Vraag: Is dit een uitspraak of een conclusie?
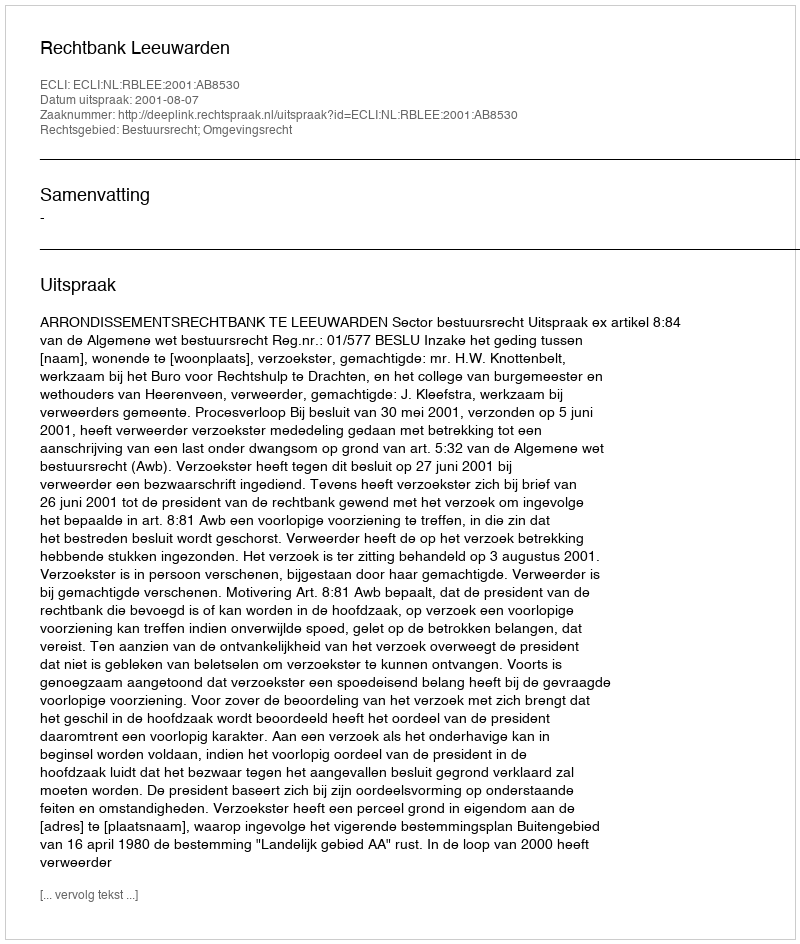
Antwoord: Uitspraak